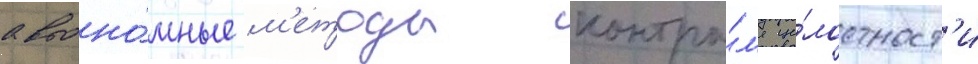
автоно́мные м'етоды контро́л'я це́лостност'и